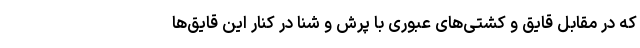
که در مقابل قایق‌ و کشتی‌های عبوری با پرش و شنا در کنار این قایق‌ها